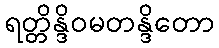
ရတ္တိန္ဒိဝမတန္ဒိတော